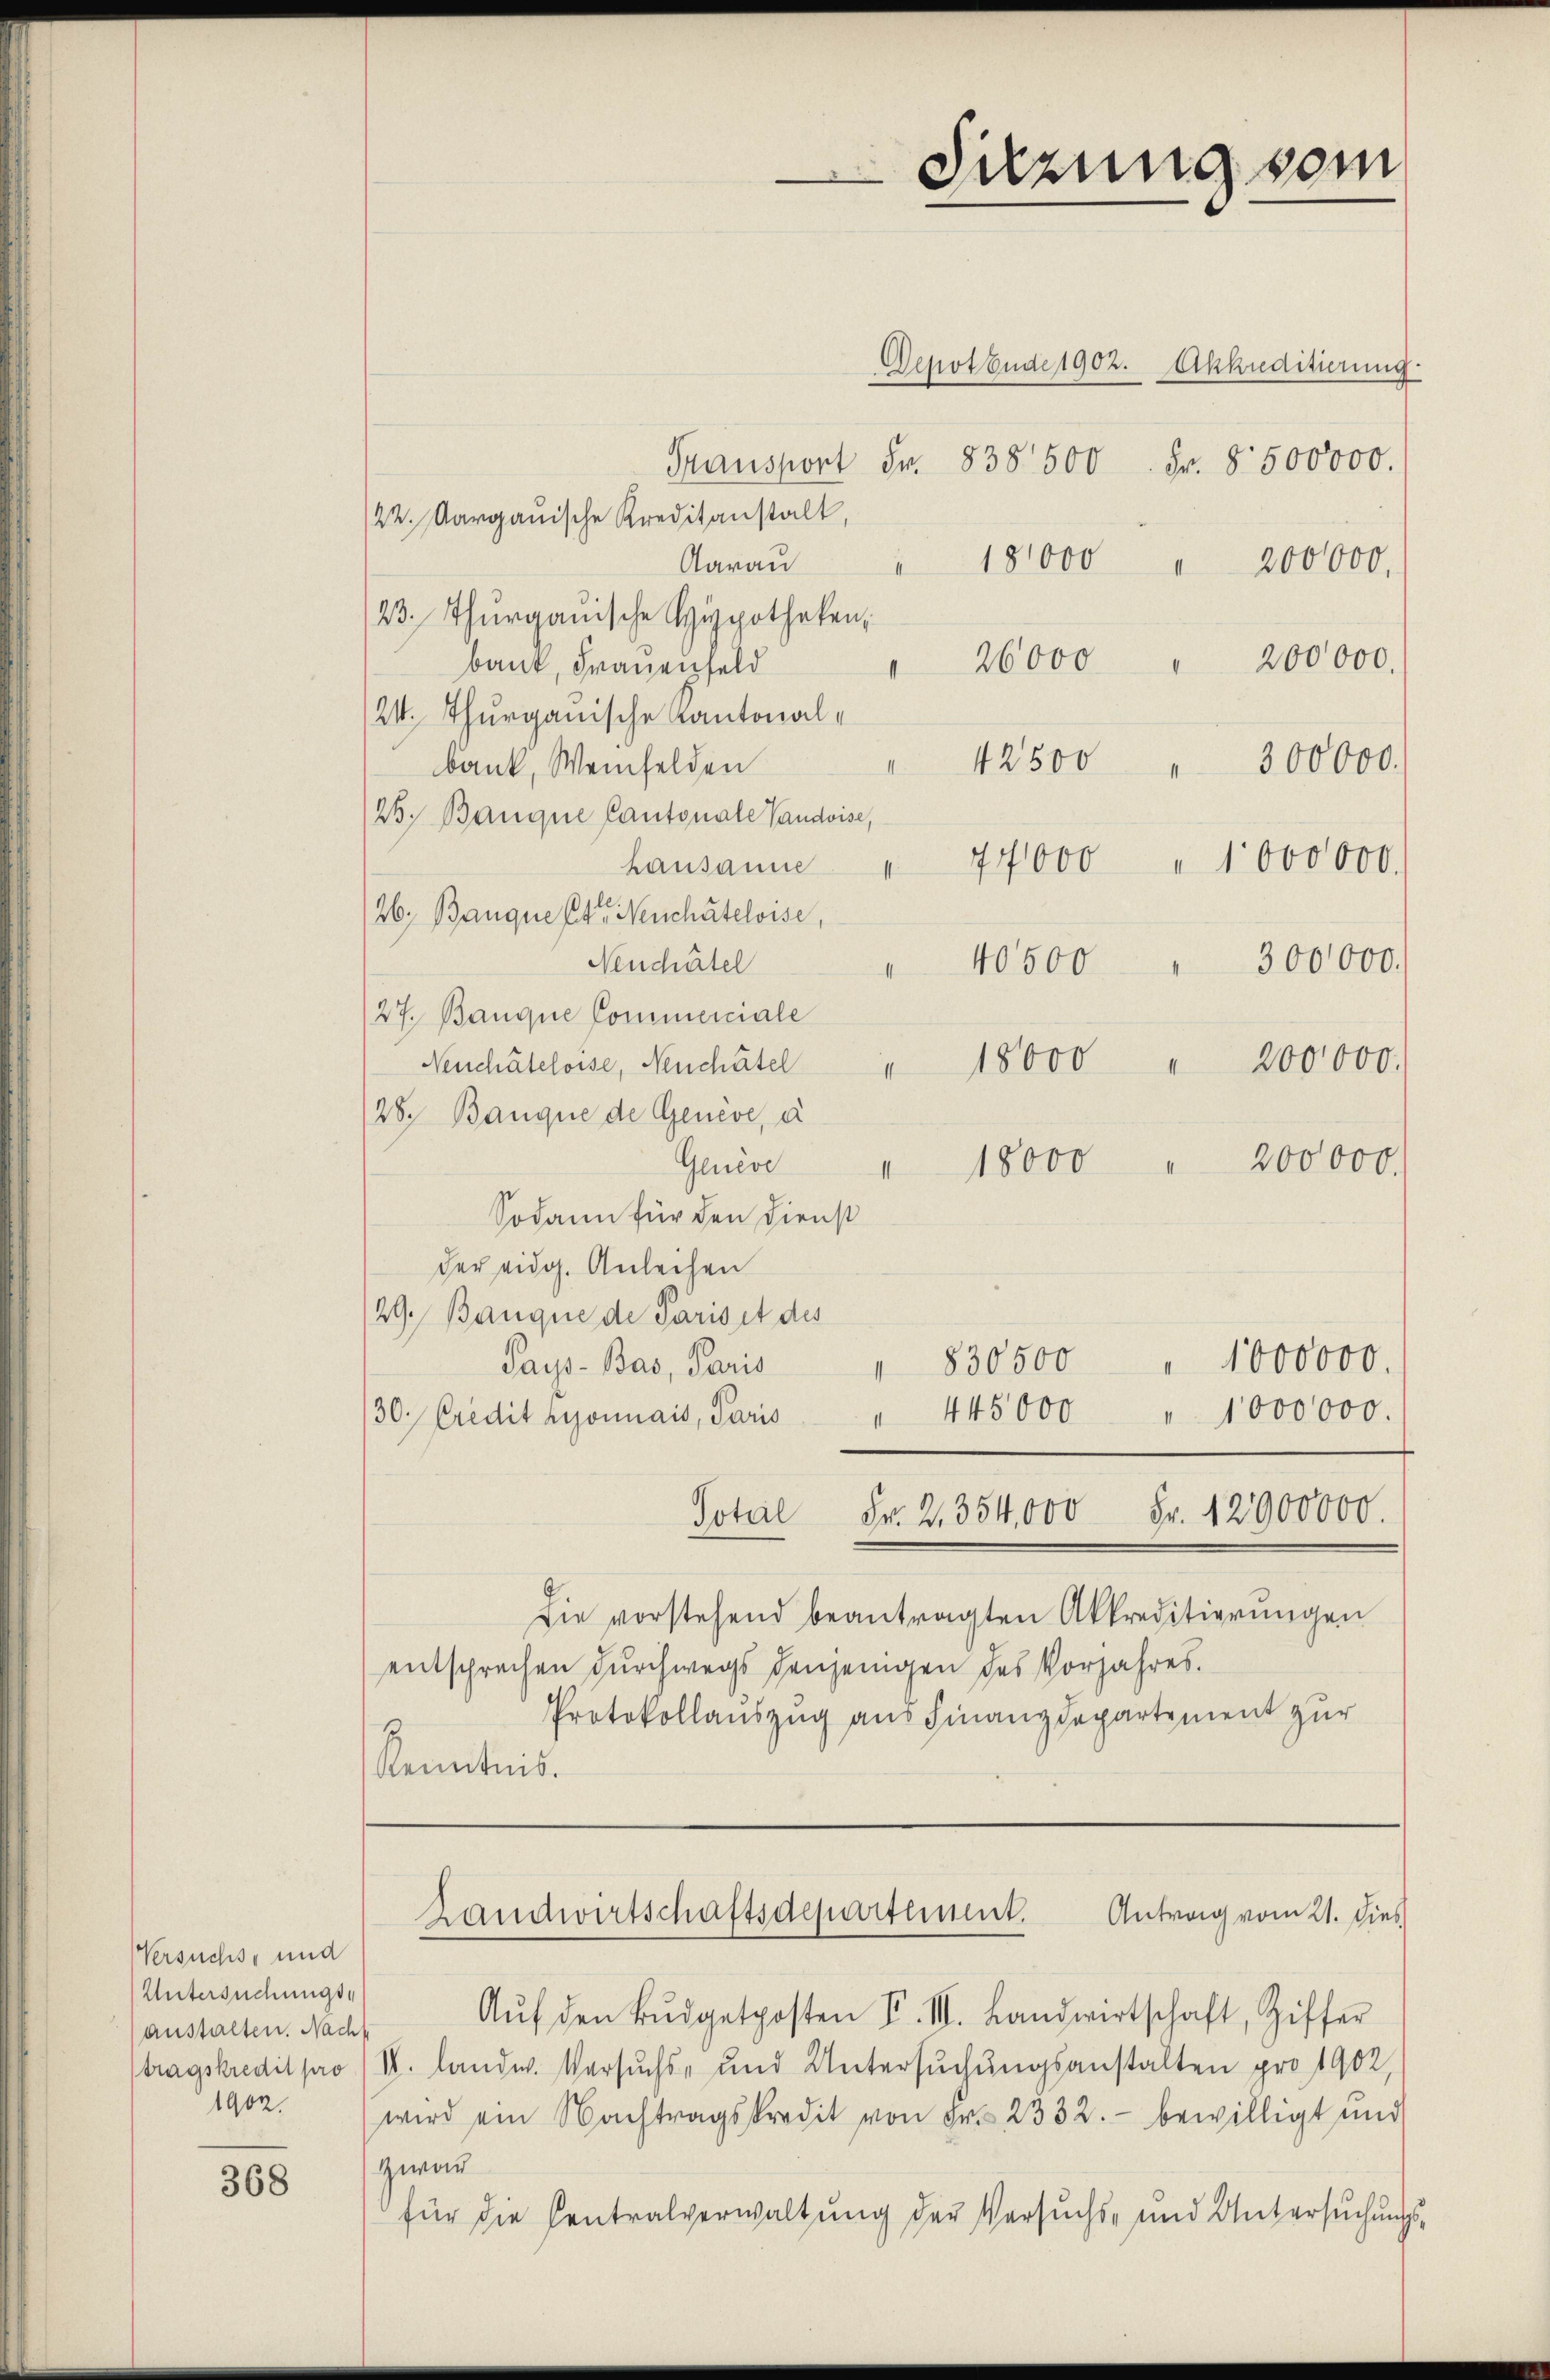
Versuchs, und
Untersuchungs-
anstalten. Nacht
tragskredit pro
1902.

368

Sitzung vom

Depotende 1902. Akkreditierung
Transport Fr. 838 500 Fr. 8500000.
/22. Aargauische Kreditanstalt,
Aarau
18,000 " 200000.
B. Thurgauische Hypotheken,
26000 " 200000.
bank, Frauenfeld
24. Thurgauische Kantonal¬
42500 " 300000.
bank, Weinfelden
23. Banque Cantonale Vaudoise,
Lausanne " 77000 " 1000000.
26. Banque Ctr. Neuchâteloise,
Neuchatel
"40500 " 300000.
27. Banque Commerciale
Neuchâteloise, Neuchâtel
18000 " 200,000
I
28. Banque de Genève, à
Genève
18000 " 200000.
Sodann für den Dienst
der eidg. Anleihen
29. Banque de Paris et des
 1000000.
830500
Says-Bas, Paris
.
30. Credit risonnais, Paris " 445,000 " 1000000.
Total Fr. 2. 354,000 Fr. 12900000.
Die vorstehend beantragten Akkreditierungen
entsprechen durchwegs denjenigen des Vorjahres.
Protokollauszug aus Finanzdepartement zur
Kenntnis.

Aŭf den Bŭdgetposten F. III. Landwirtschaft, Ziffer
V. landw. Versuchs- und Untersŭchŭngsanstalten pro 1902,
wird ein Nachtragskredit von Fr. 2332.- bewilligt und
zwar
für die Centralverwaltung der Versuchs- und Untersuchungs¬

Antrag vom 21. Dies
Landwirtschaftsdepartement.